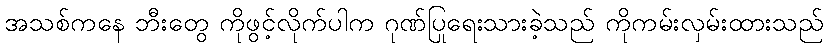
အသစ်ကနေ ဘီးတွေ ကိုဖွင့်လိုက်ပါက ဂုဏ်ပြုရေးသားခဲ့သည် ကိုကမ်းလှမ်းထားသည်